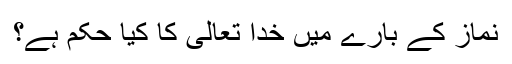
نماز کے بارے میں خدا تعالیٰ کا کیا حکم ہے؟